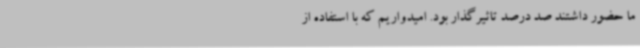
ما حضور داشتند صد درصد تاثیرگذار بود. امیدواریم که با استفاده از